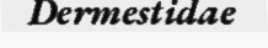
Dermestidae